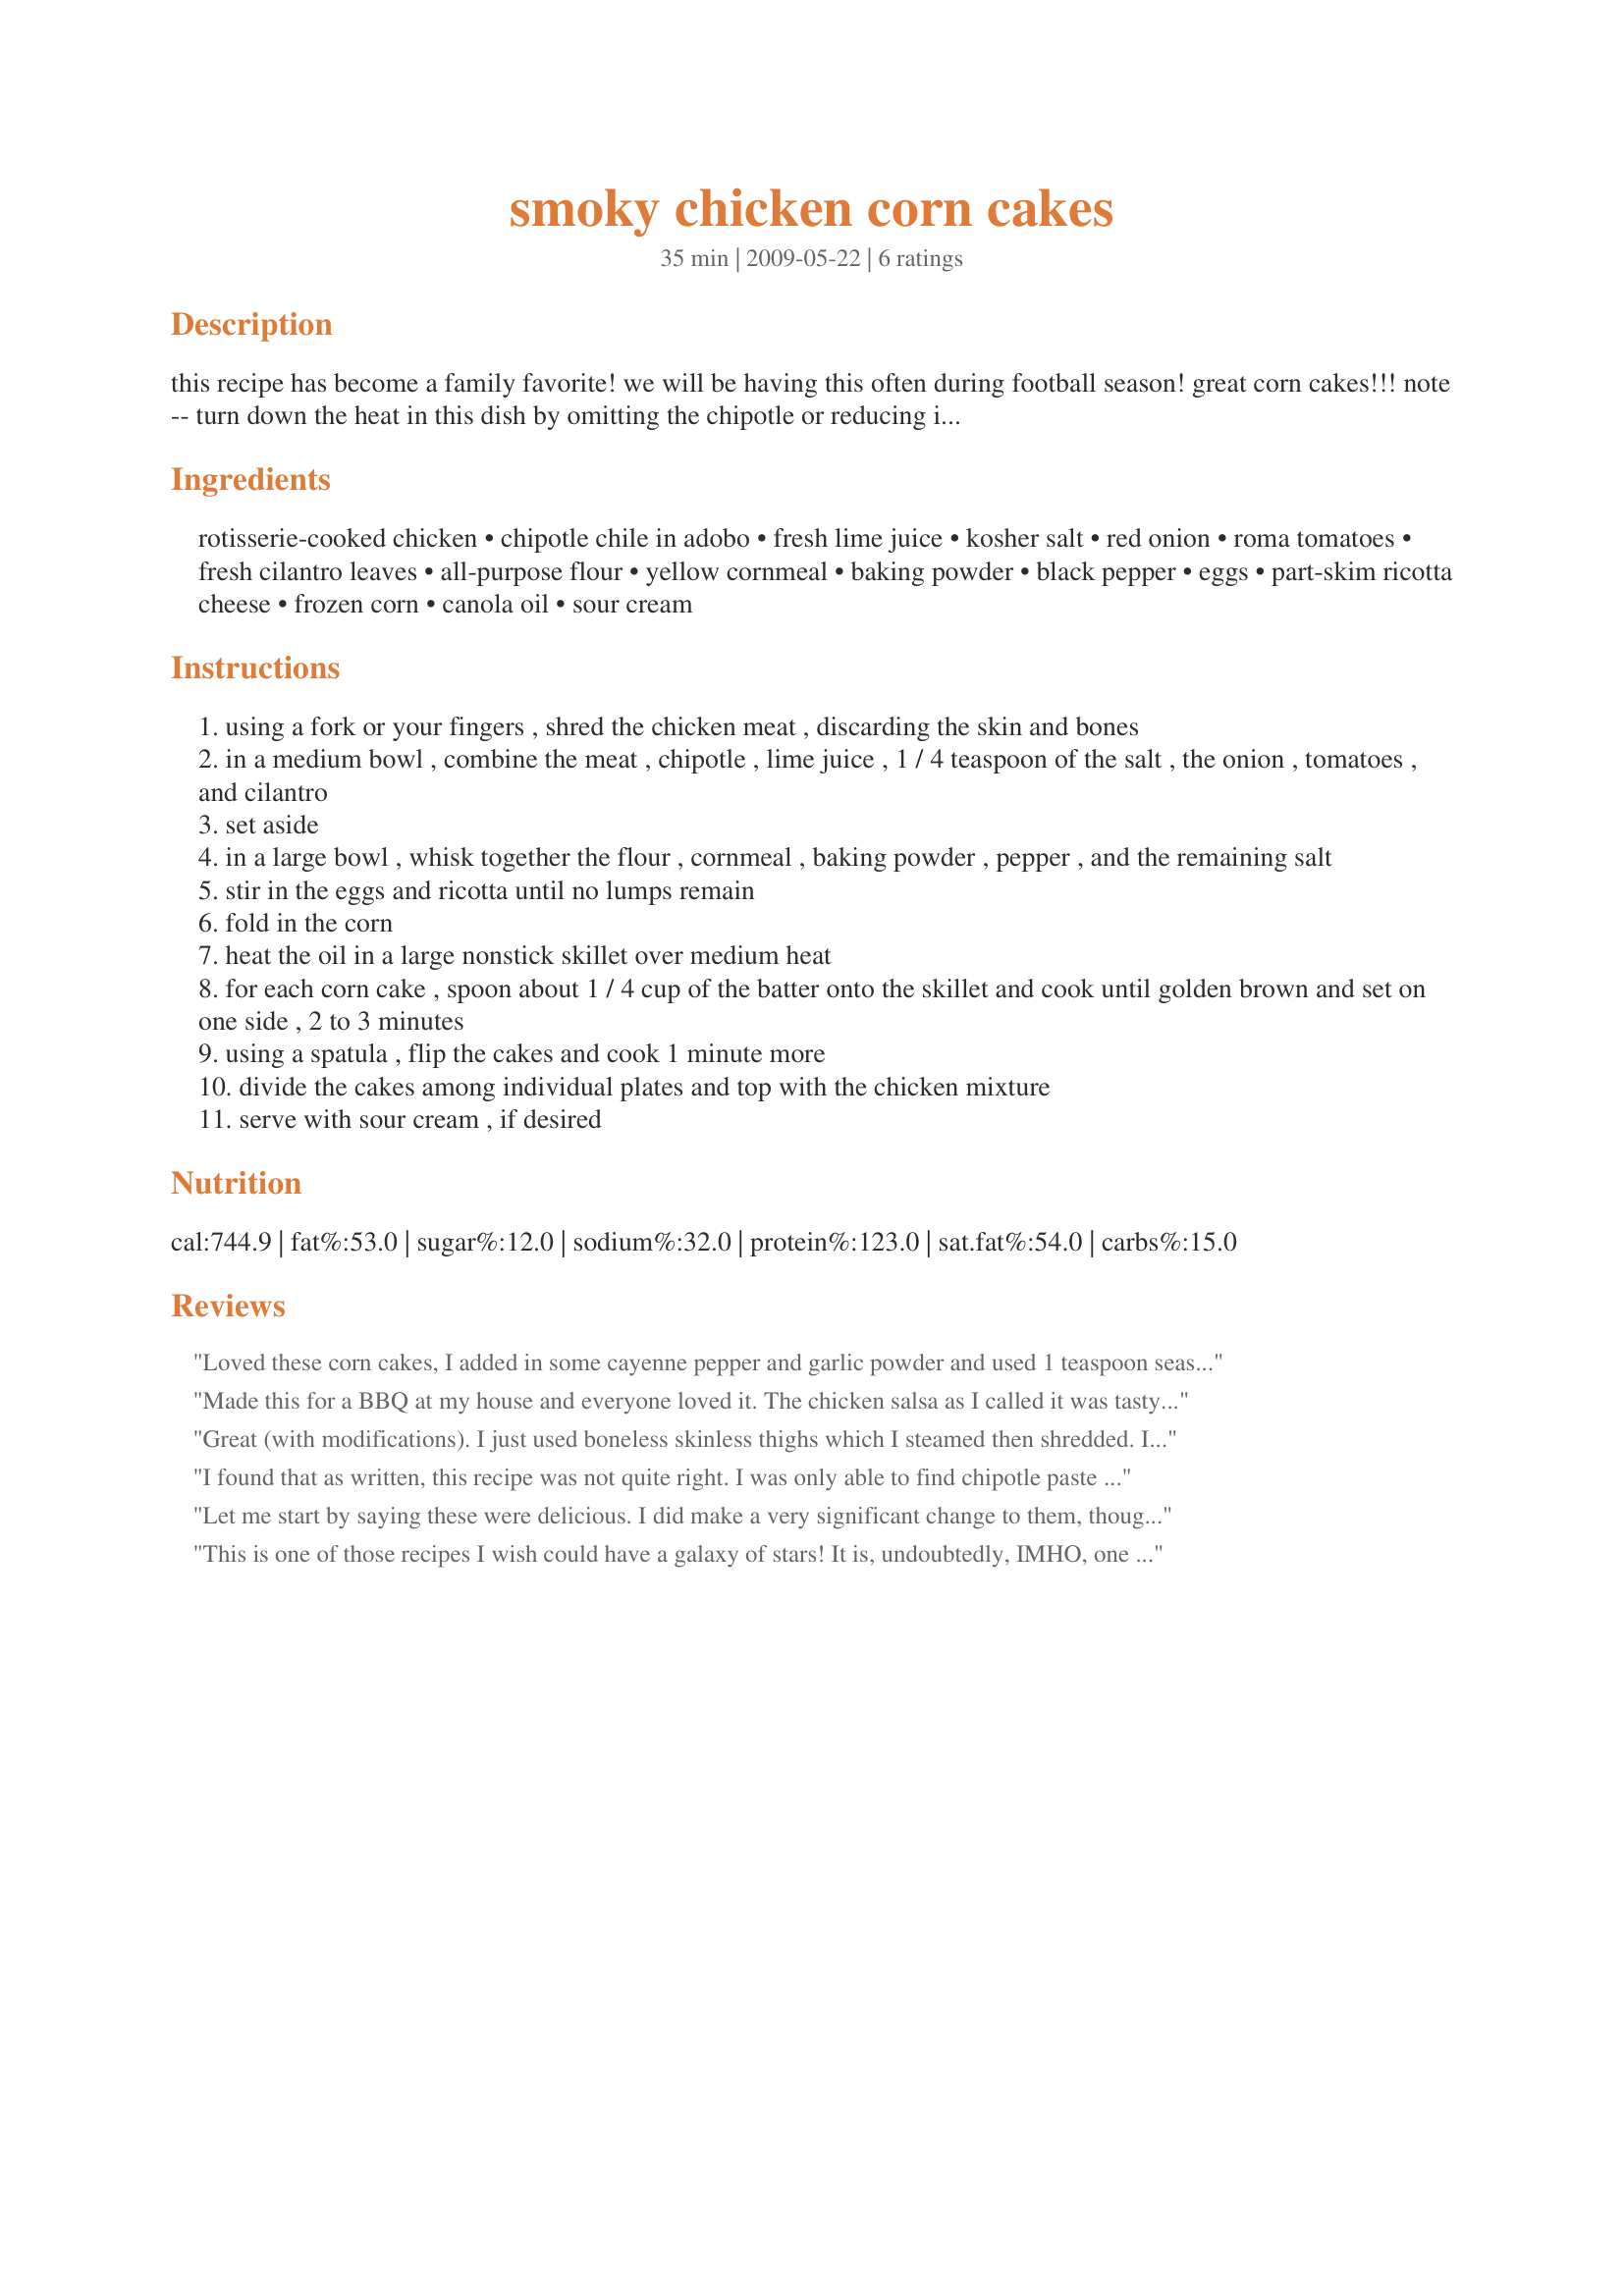
smoky chicken corn cakes
Preparation time: 35 minutes

this recipe has become a family favorite! we will be having this often during football season! great corn cakes!!!
note -- turn down the heat in this dish by omitting the chipotle or reducing it by half and using just 1 tablespoon of the adobo sauce.

adapted from real simple.com

Ingredients:
rotisserie-cooked chicken, chipotle chile in adobo, fresh lime juice, kosher salt, red onion, roma tomatoes, fresh cilantro leaves, all-purpose flour, yellow cornmeal, baking powder, black pepper, eggs, part-skim ricotta cheese, frozen corn, canola oil, sour cream

Steps:
using a fork or your fingers , shred the chicken meat , discarding the skin and bones
in a medium bowl , combine the meat , chipotle , lime juice , 1 / 4 teaspoon of the salt , the onion , tomatoes , and cilantro
set aside
in a large bowl , whisk together the flour , cornmeal , baking powder , pepper , and the remaining salt
stir in the eggs and ricotta until no lumps remain
fold in the corn
heat the oil in a large nonstick skillet over medium heat
for each corn cake , spoon about 1 / 4 cup of the batter onto the skillet and cook until golden brown and set on one side , 2 to 3 minutes
using a spatula , flip the cakes and cook 1 minute more
divide the cakes among individual plates and top with the chicken mixture
serve with sour cream , if desired

Reviews:
Loved these corn cakes, I added in some cayenne pepper and garlic powder and used 1 teaspoon seasoned salt in place of the kosher salt, these are so delicious, thank you for sharing Kitty, this was made for KK's forum tag game
Made this for a BBQ at my house and everyone loved it. The chicken salsa as I called it was tasty and had alot of good flavor going on. The corn cakes were the biggest hit of the day with the guests. I used a pack of jiffy mix instead of flour and corn meal. I also added a dab of honey and threw in some grated cheese. They came out great. Together the chicken and corn cakes make a great dish.
Great (with modifications). I just used boneless skinless thighs which I steamed then shredded. I used white onion which I sauteed first. I did not have cilantro but I added some fresh spinach for color instead. I added chopped black olives and an avocado (would have put it only on top but it had brown spots). I also had to used canned tomato (drained) because the fresh ones were not appealing. I also added cumin and some garlic powder. It was very tasty. For the corn cakes, I had to use grits rather than cornmeal, I used two whole eggs plus two whites, I used cottage cheese rather than ricotta, and only had half the amount of corn. These were amazing because they were actually easy to cook without using a ton of oil. I have a different recipe for something similar that I always have difficulty with. I served the chicken part warm and served it all with grated sharp cheddar. Thanks!
I found that as written, this recipe was not quite right. I was only able to find chipotle paste so I used that instead. Using the paste, the sauce on the chicken was WAY too lime flavored so I added probably about another tablespoon or two of the chipotle. I also thought that the corn cakes were completely flavorless. I would definitely recommend adding a bit of sugar and maybe some jalapeno or chile peppers to the batter. I HATE raw red onions so I lightly sauteed mine before adding them to the chicken and I wish I had sauteed everything because I think it would have been much better if served warm. I also highly recommend serving the dish topped with shredded cheddar with guacamole and/or sour cream on the side. <br/>As written, 3 stars. With a few minor modifications, easily a five star recipe.
Let me start by saying these were delicious. I did make a very significant change to them, though. I bought the adobo chiles & hated the flavor. I may have had a bad jar of them or it was just not a taste meant for me. I used a can of green chiles instead. That probably changes the flavor of the recipe quite a bit, but that's a good thing, too. It's very versatile!
This is one of those recipes I wish could have a galaxy of stars! It is, undoubtedly, IMHO, one of the best of Zaar! I didn't change a thing, and I couldn't stop eating the chicken, and I hadn't even gotten to the corn cakes! The chicken could definetly stand on its own! Thnx so very much for posting this, kittycatmom! This is already a summer staple for us! Made for Comfort Cafe Summer 2009.
